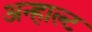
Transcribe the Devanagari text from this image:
अन्हाल्ट